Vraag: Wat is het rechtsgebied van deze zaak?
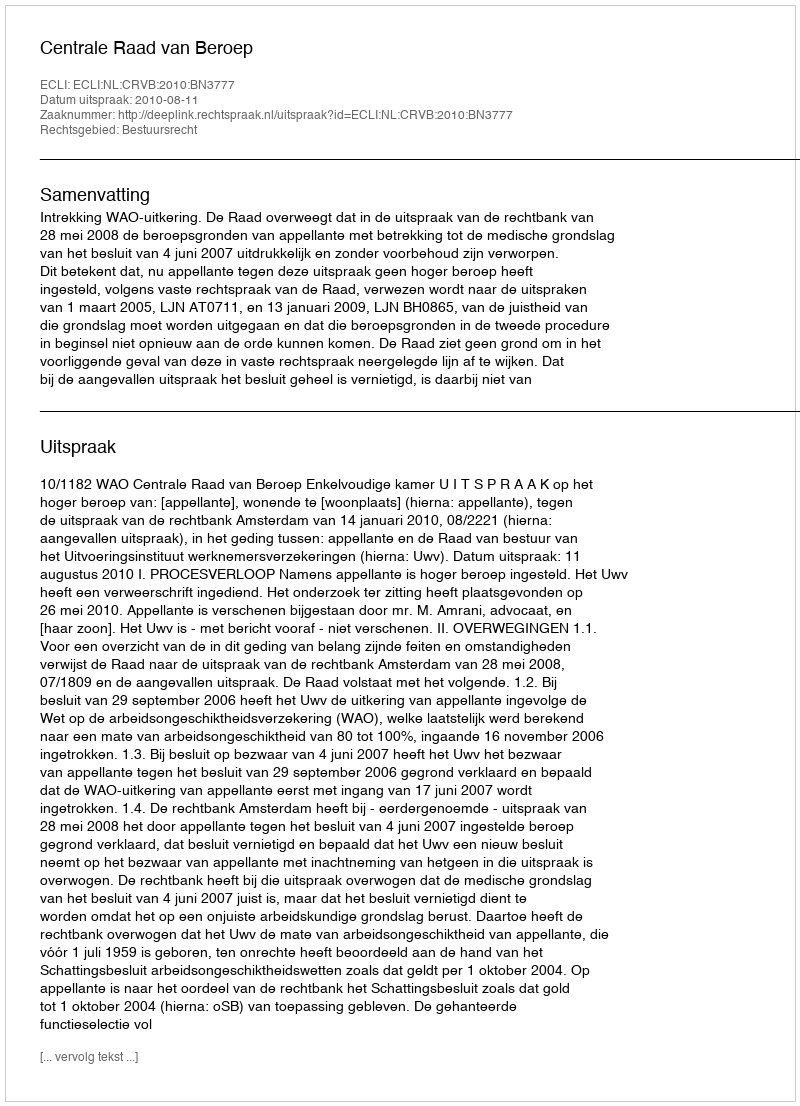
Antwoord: Bestuursrecht